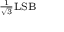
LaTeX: \scriptstyle { \frac { 1 } { \sqrt { 3 } } } \mathrm { L S B }